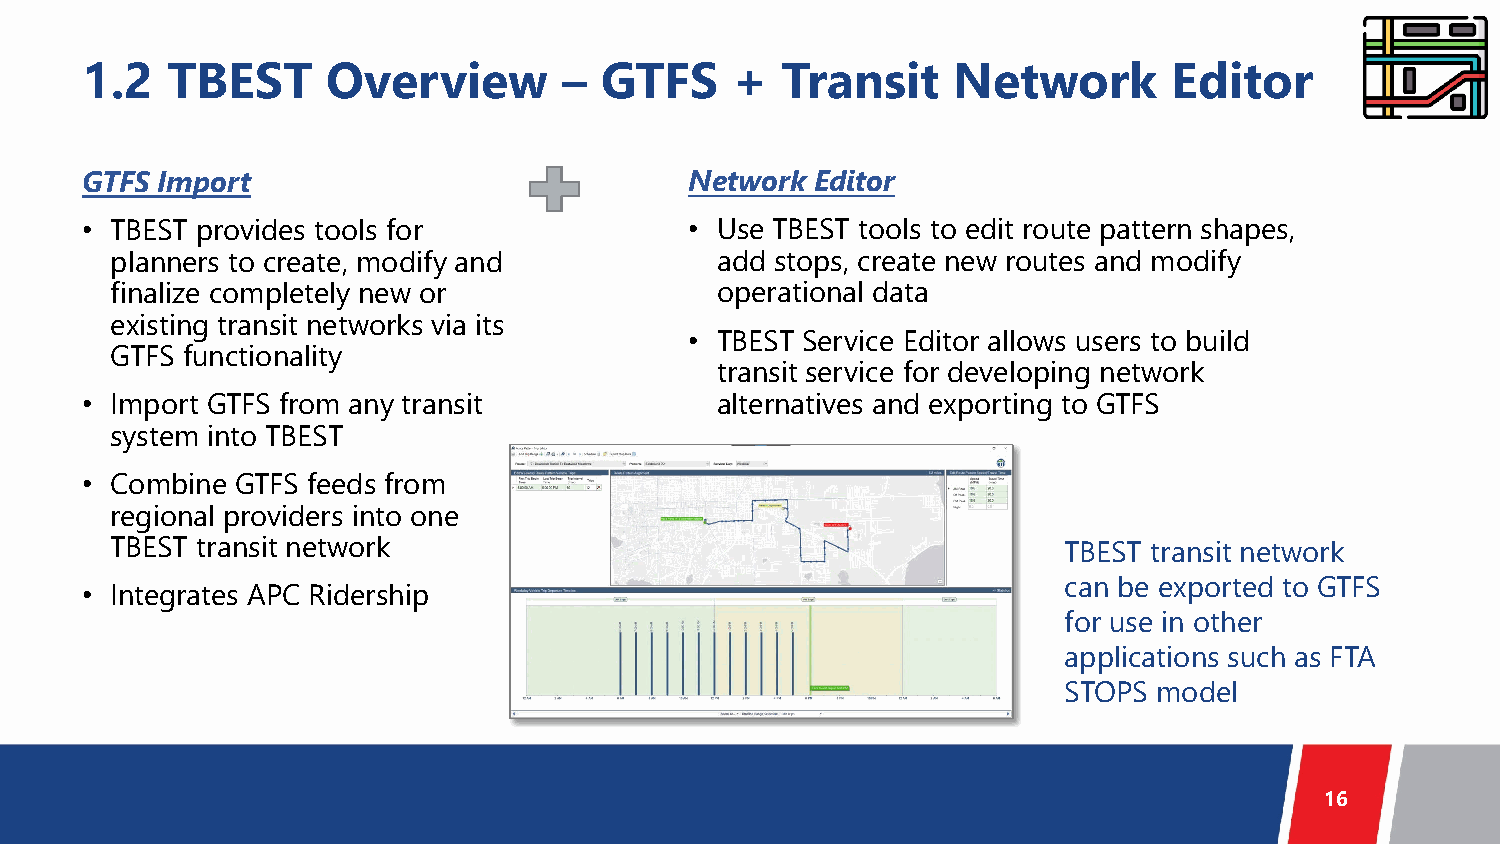
1.2   TBEST      Overview       –  GTFS    +   Transit    Network        Editor
 GTFS Import                              Network Editor
 • TBEST provides tools for               • Use TBEST tools to edit route pattern shapes,
 planners to create, modify and          add stops, create new routes and modify
 finalize completely new or              operational data
 existing transit networks via its
 • TBEST Service Editor allows users to build
 GTFS functionality
 transit service for developing network
 • Import GTFS from any transit            alternatives and exporting to GTFS
 system into TBEST
 • Combine  GTFS feeds from
 regional providers into one
 TBEST transit network                                          TBEST transit network
 • Integrates APC Ridership                                       can be exported to GTFS
 for use in other
 applications such as FTA
 STOPS  model
 16